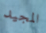
المجيد